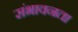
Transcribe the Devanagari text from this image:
संभावनता